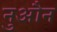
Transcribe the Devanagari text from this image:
नुऔन